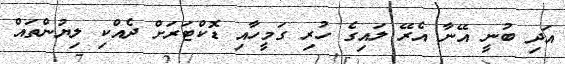
އަދި ބުނީ އޭނާ އެރޭ ލައިގެ ހުރި ގަމީހާއި ޑޮކްޓަރަށް ދެއްކި ލިޔުންތައް